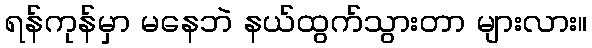
ရန်ကုန်မှာ မနေဘဲ နယ်ထွက်သွားတာ များလား။